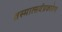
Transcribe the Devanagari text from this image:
तस्मात्सर्वप्रकारेण